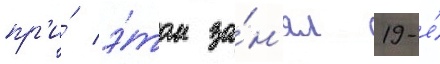
пр'и́ э́том за́н'ял 19-е́